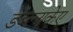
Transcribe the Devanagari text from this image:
डब्ल्यूकेए